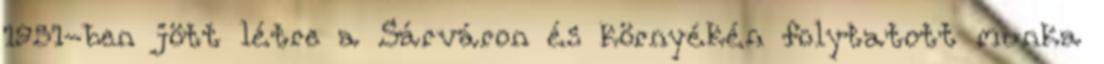
1951-ben jött létre a Sárváron és környékén folytatott munka